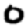
Digit: 0